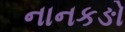
નાનકઙો